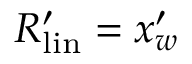
R _ { \mathrm { { l i n } } } ^ { \prime } = x _ { w } ^ { \prime }